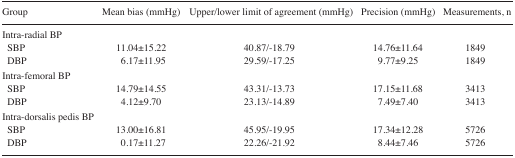
<table><thead><tr><td><b>Group</b></td><td><b>Mean bias (mmHg)</b></td><td><b>Upper/lower limit of agreement (mmHg)</b></td><td><b>Precision (mmHg)</b></td><td><b>Measurements, n</b></td></tr></thead><tbody><tr><td>Intra-radial BP</td><td></td><td></td><td></td><td></td></tr><tr><td>SBP</td><td>11.04±15.22</td><td>40.87/−18.79</td><td>14.76±11.64</td><td>1849</td></tr><tr><td>DBP</td><td>6.17±11.95</td><td>29.59/−17.25</td><td>9.77±9.25</td><td>1849</td></tr><tr><td>Intra-femoral BP</td><td></td><td></td><td></td><td></td></tr><tr><td>SBP</td><td>14.79±14.55</td><td>43.31/−13.73</td><td>17.15±11.68</td><td>3413</td></tr><tr><td>DBP</td><td>4.12±9.70</td><td>23.13/−14.89</td><td>7.49±7.40</td><td>3413</td></tr><tr><td>Intra-dorsalis pedis BP</td><td></td><td></td><td></td><td></td></tr><tr><td>SBP</td><td>13.00±16.81</td><td>45.95/−19.95</td><td>17.34±12.28</td><td>5726</td></tr><tr><td>DBP</td><td>0.17±11.27</td><td>22.26/−21.92</td><td>8.44±7.46</td><td>5726</td></tr></tbody></table>